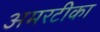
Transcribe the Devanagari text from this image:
अमरटीका